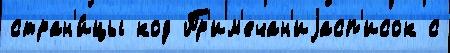
стран'и́цы код Пр'им'ечан'иjасп'исок с